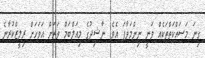
ގިނަ މަސައްކަތްތަކެއް ވަނީ ނިންމަވާފަ އެވެ. ނާޝިދުގެ މިއަލްބަމް ވަރަށް އަވަހަށް ރިލީޒްކުރާނެ